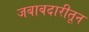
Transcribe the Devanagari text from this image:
जबाबदारीतून